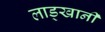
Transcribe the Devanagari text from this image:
लाड्खानी